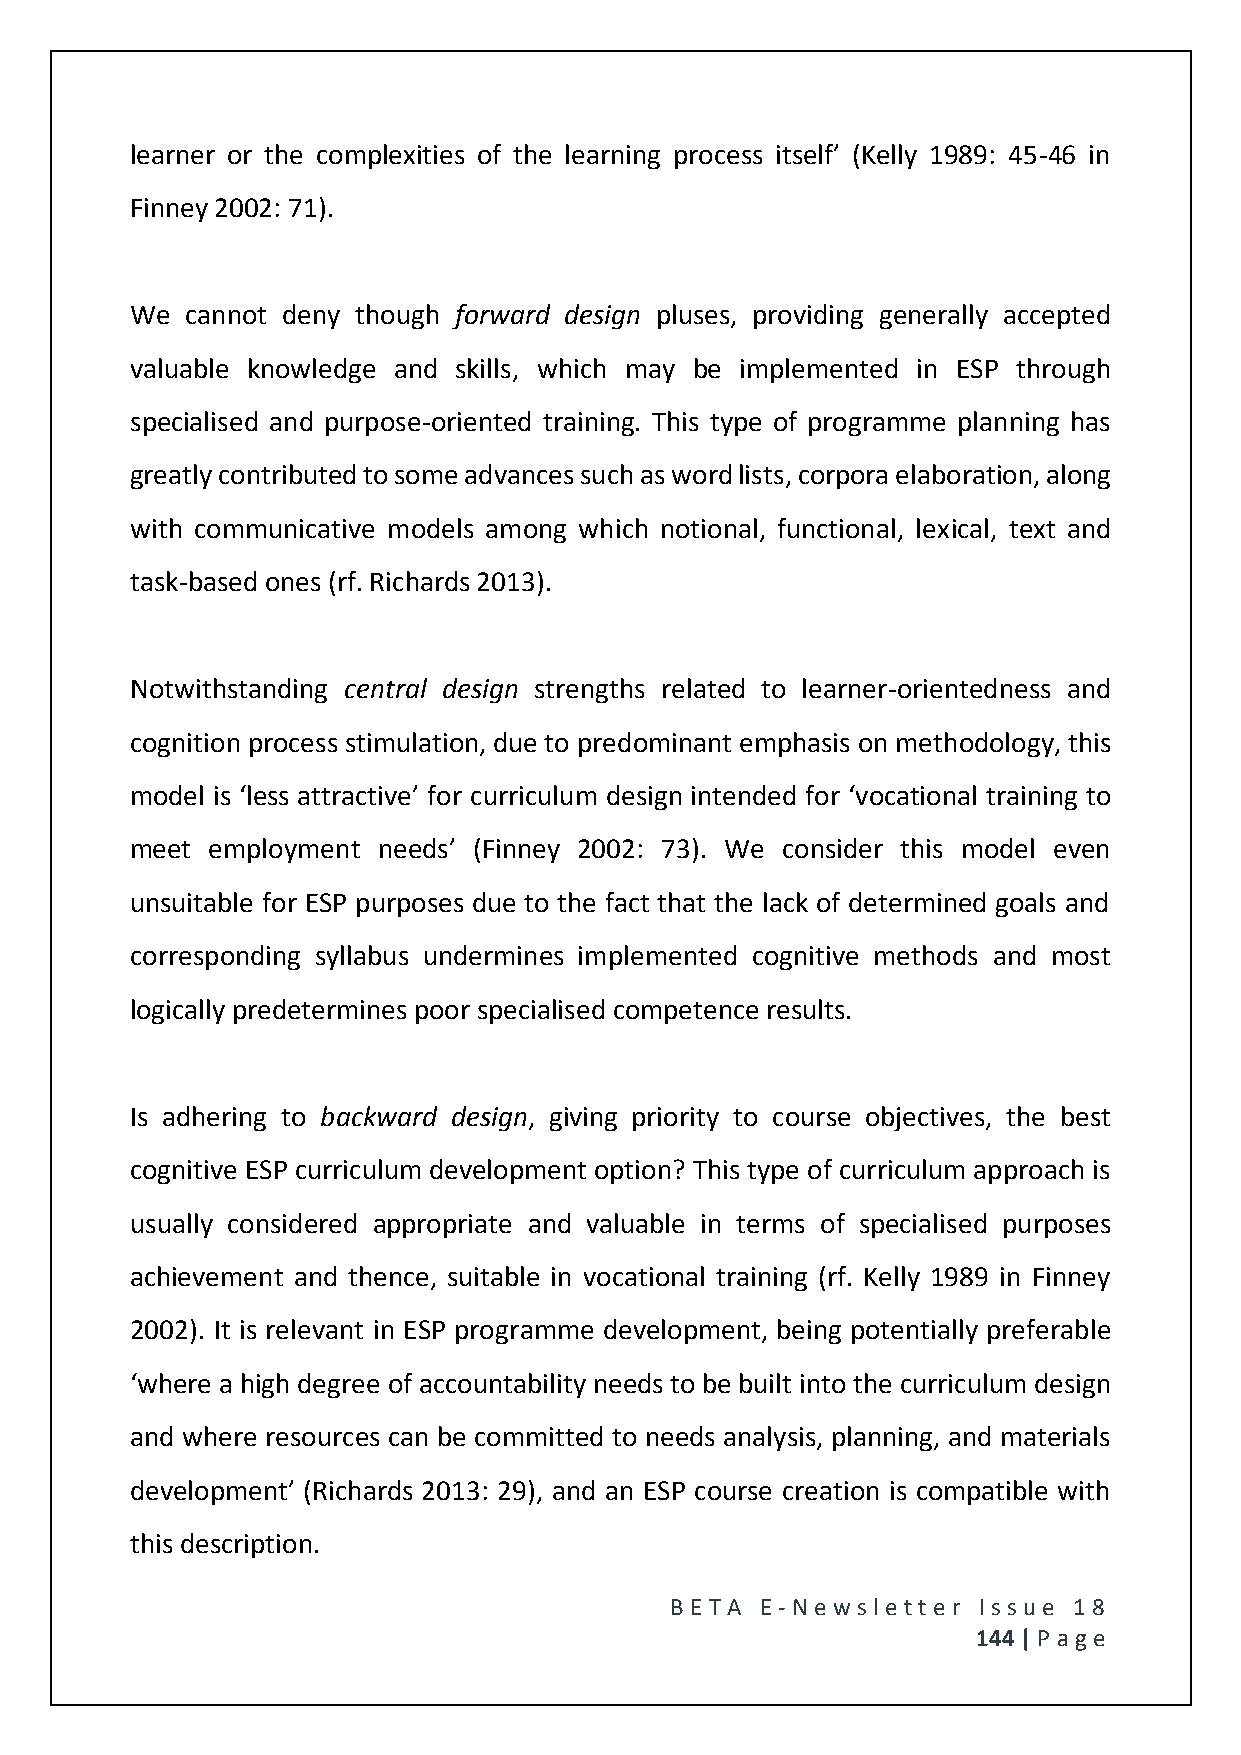
learner or the complexities of the learning process itself’ (Kelly 1989: 45-46 in
 Finney 2002: 71).
 We cannot deny though forward design pluses, providing generally accepted
 valuable knowledge and skills, which may be implemented in ESP through
 specialised and purpose-oriented training. This type of programme planning has
 greatly contributed to some advances such as word lists, corpora elaboration, along
 with communicative models among which notional, functional, lexical, text and
 task-based ones (rf. Richards 2013).
 Notwithstanding central design strengths related to learner-orientedness and
 cognition process stimulation, due to predominant emphasis on methodology, this
 model is ‘less attractive’ for curriculum design intended for ‘vocational training to
 meet employment needs’ (Finney 2002: 73). We consider this model even
 unsuitable for ESP purposes due to the fact that the lack of determined goals and
 corresponding syllabus undermines implemented cognitive methods and most
 logically predetermines poor specialised competence results.
 Is adhering to backward design, giving priority to course objectives, the best
 cognitive ESP curriculum development option? This type of curriculum approach is
 usually considered appropriate and valuable in terms of specialised purposes
 achievement and thence, suitable in vocational training (rf. Kelly 1989 in Finney
 2002). It is relevant in ESP programme development, being potentially preferable
 ‘where a high degree of accountability needs to be built into the curriculum design
 and where resources can be committed to needs analysis, planning, and materials
 development’ (Richards 2013: 29), and an ESP course creation is compatible with
 this description.
 BE T A E -N e wsle tt e r Issue 18
 144 | P age